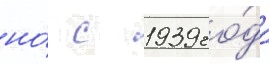
но́ с 1939 го́да